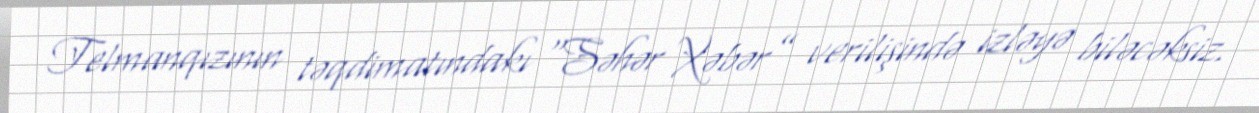
Telmanqızının təqdimatındakı “Səhər Xəbər” verilişində izləyə biləcəksiz.